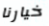
خيارنا